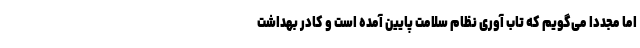
اما مجددا می‌گویم که تاب آوری نظام سلامت پایین آمده است و کادر بهداشت